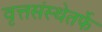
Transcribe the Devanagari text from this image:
वृत्तसंस्थेतर्फे